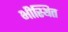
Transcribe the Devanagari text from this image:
भीस्थित